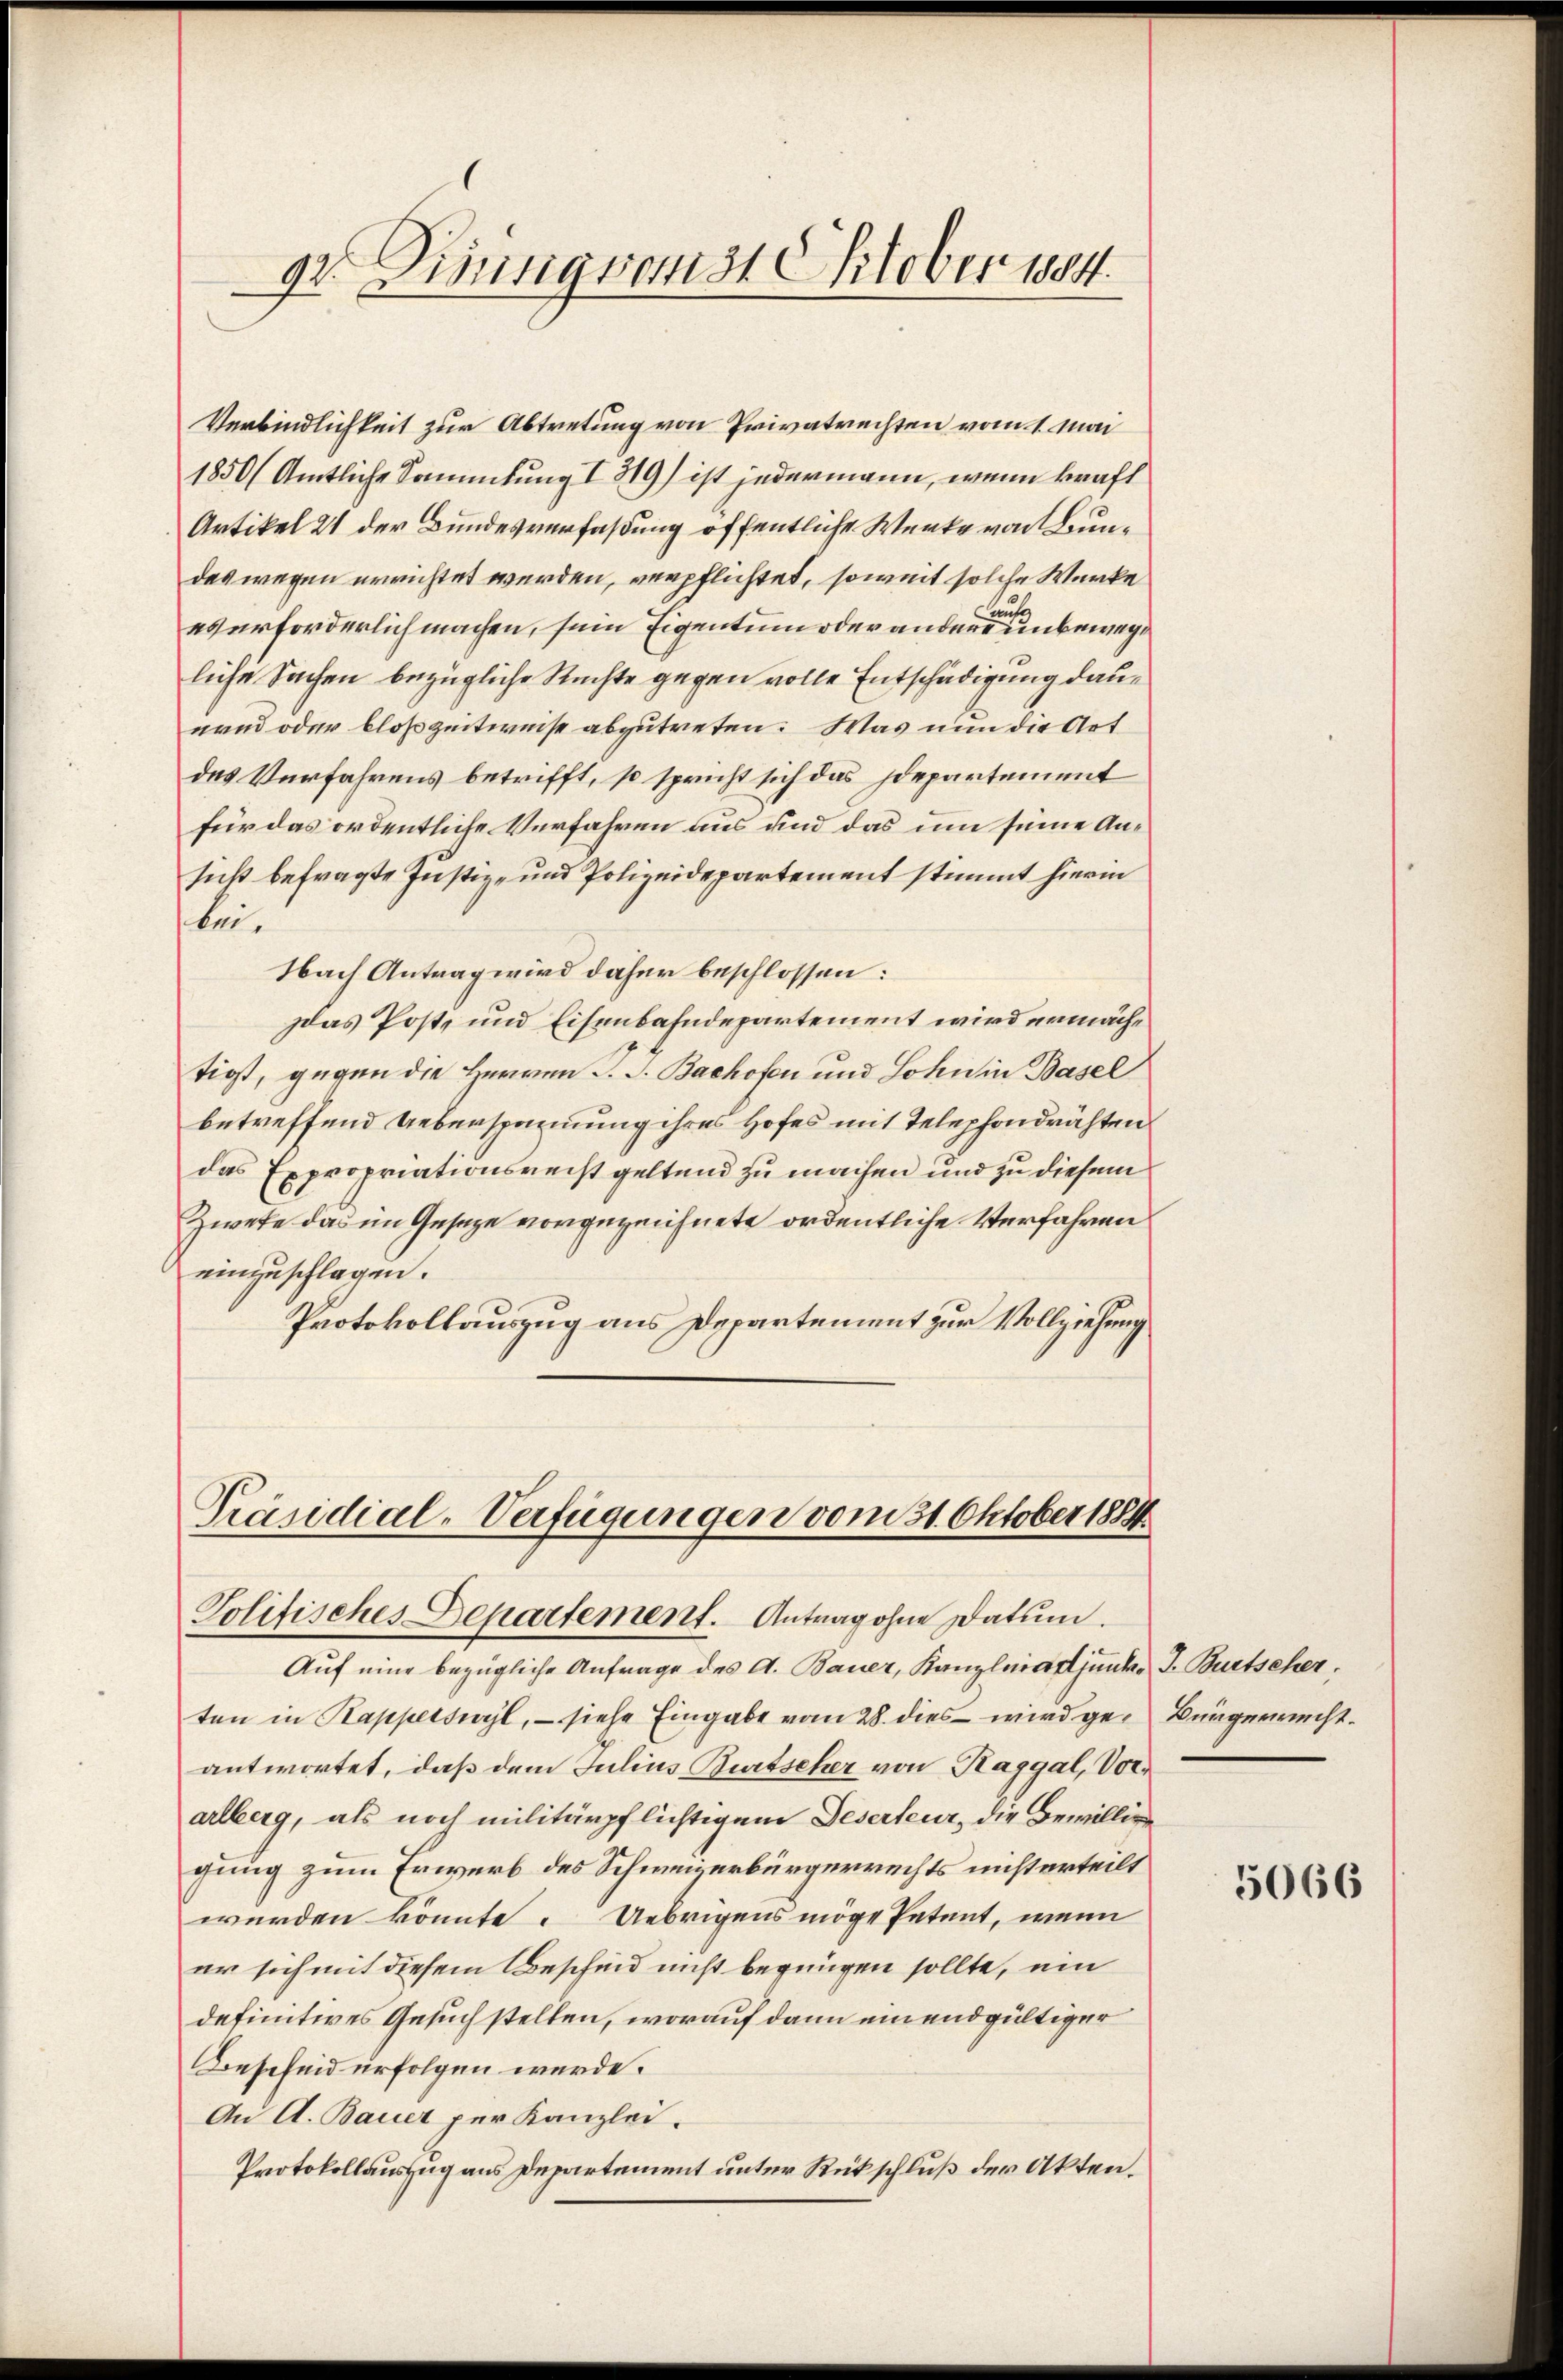
92. Dirungsamst Oktober 1884.

Verbindlichkeit zur Abtretung von Privatrechten vom 1. Mai
1850 (Amtliche Sammlung I 319) ist jedermann, wenn kraft
Artikel 21 der Bundesverfaßung öffentliche Wenke von Bundas wegen errichtet werden, verpflichtet, soweit solche Werke
e
everforderlich machen, sein Eigentum oder andere unbewegt
liche Sachen bezügliche Rechte gegen volle Entschädigung daunend oder bloß zeitweise abzutreten. Was nun die Art
des Verfahrens betrifft, so spricht sich das Idepartement
für das ordentliche Verfahren aus und das um seine Ansicht befragte Justiz- und Polizeidepartement stimmt hierin
bei.
Nach Antrag wird daher beschlossen:
Das Post, und Eisenbahndepartement wird unmächtigst, gegen die Herren J. J. Bachofen und Sohn in Basel
betreffend Ueberspannung ihres Hofes mit Telephondrähten
das Expropriationsrecht geltend zu machen und zu diesem
Zwete das im Geseze vorgezeichnete ordentliche Verfahren
einzuschlagen.
Protokollauszug aus Departement zur Vollziehung

Präsidial-Verfügungen vom 31. Oktober 1854
Volifisches Departement. Antrag ohne Datum.

Auf eine bezügliche Anfrage des A. Bauer, Kanzleiadjunk. J. Burtscher.
ten in Kapperswyl, – siehe Eingabe vom 28. dies wird ge¬ Bürgerrecht
antwortet, daß dem Julius Burtscher von Raggal, Vorarlberg, als noch militärpflichtigem Geserteur, die Bewillige
gung zum Erwerb des Schweizerbürgerrechts nicht erteilt
werden könnte. Uebrigens möge Petent, wenn
er sich mit diesem Bescheid nicht begnügen sollte, ein
definitives Gesuch stellen, worauf dann einendgültiger
Bescheid erfolgen werde.
An A. Bauer per Kanzlei.
Protokollauszug aus Departement unter Rückschluß der Akten.

5066